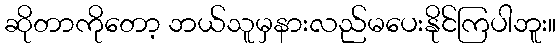
ဆိုတာကိုတော့ ဘယ်သူမှနားလည်မပေးနိုင်ကြပါဘူး။